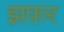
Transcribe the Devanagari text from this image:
झफ़र